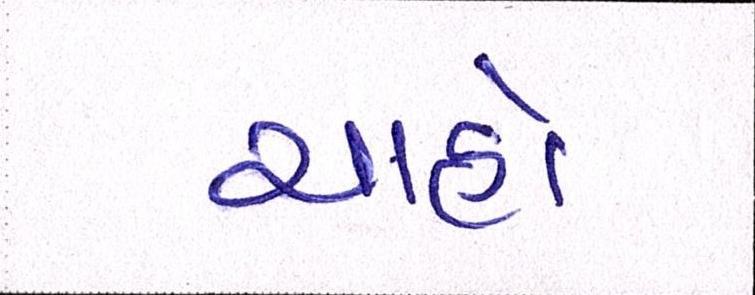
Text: ચાહો